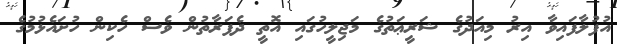
އުފުލާފައިވާ އިރު މިއަދުގެ ޝަރީޢަތުގެ މަޖިލީހުގައި އޮތީ ދެފަރާތުން ވެސް ހެކިން ހުށައެޅުމުގެ